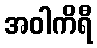
အဝါကိရီ